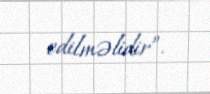
edilməlidir”.